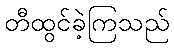
တီထွင်ခဲ့ကြသည်